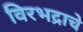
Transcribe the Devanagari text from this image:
विरभद्राचे